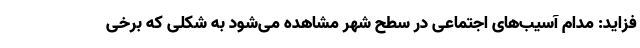
فزاید: مدام آسیب‌های اجتماعی در سطح شهر مشاهده می‌شود به شکلی که برخی